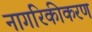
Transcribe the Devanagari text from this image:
नागरिकीकरण